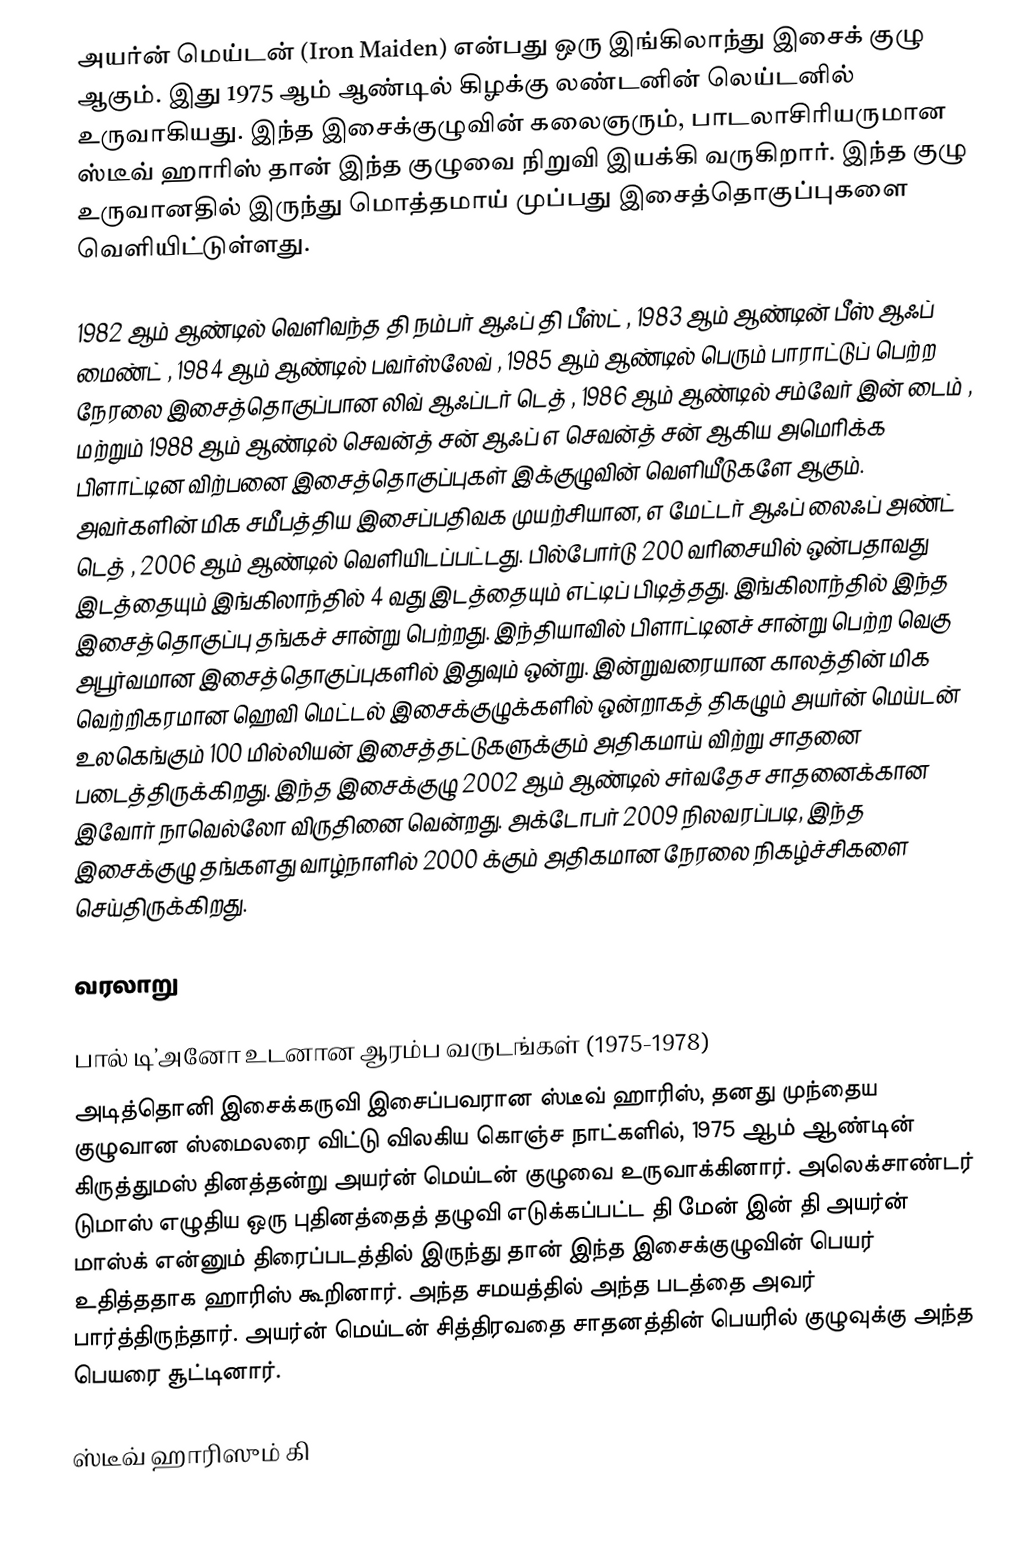
அயர்ன் மெய்டன்  (Iron Maiden) என்பது ஒரு இங்கிலாந்து இசைக் குழு ஆகும். இது 1975 ஆம் ஆண்டில் கிழக்கு லண்டனின் லெய்டனில் உருவாகியது.  இந்த இசைக்குழுவின் கலைஞரும், பாடலாசிரியருமான ஸ்டீவ் ஹாரிஸ் தான் இந்த குழுவை நிறுவி இயக்கி வருகிறார்.  இந்த குழு உருவானதில் இருந்து மொத்தமாய் முப்பது இசைத்தொகுப்புகளை வெளியிட்டுள்ளது.

1982 ஆம் ஆண்டில் வெளிவந்த தி நம்பர் ஆஃப் தி பீஸ்ட் , 1983 ஆம் ஆண்டின் பீஸ் ஆஃப் மைண்ட் , 1984 ஆம் ஆண்டில் பவர்ஸ்லேவ் , 1985 ஆம் ஆண்டில் பெரும் பாராட்டுப் பெற்ற நேரலை இசைத்தொகுப்பான லிவ் ஆஃப்டர் டெத் , 1986 ஆம் ஆண்டில் சம்வேர் இன் டைம் , மற்றும் 1988 ஆம் ஆண்டில் செவன்த் சன் ஆஃப் எ செவன்த் சன்  ஆகிய அமெரிக்க பிளாட்டின விற்பனை இசைத்தொகுப்புகள் இக்குழுவின் வெளியீடுகளே ஆகும்.  அவர்களின் மிக சமீபத்திய இசைப்பதிவக முயற்சியான, எ மேட்டர் ஆஃப் லைஃப் அண்ட் டெத் , 2006 ஆம் ஆண்டில் வெளியிடப்பட்டது. பில்போர்டு  200 வரிசையில் ஒன்பதாவது இடத்தையும் இங்கிலாந்தில் 4 வது இடத்தையும் எட்டிப் பிடித்தது. இங்கிலாந்தில் இந்த இசைத்தொகுப்பு தங்கச் சான்று பெற்றது. இந்தியாவில் பிளாட்டினச் சான்று பெற்ற வெகு அபூர்வமான இசைத்தொகுப்புகளில் இதுவும் ஒன்று. இன்றுவரையான காலத்தின் மிக வெற்றிகரமான ஹெவி மெட்டல் இசைக்குழுக்களில் ஒன்றாகத் திகழும் அயர்ன் மெய்டன் உலகெங்கும் 100 மில்லியன் இசைத்தட்டுகளுக்கும் அதிகமாய் விற்று சாதனை படைத்திருக்கிறது. இந்த இசைக்குழு 2002 ஆம் ஆண்டில் சர்வதேச சாதனைக்கான இவோர் நாவெல்லோ விருதினை வென்றது. அக்டோபர் 2009 நிலவரப்படி, இந்த இசைக்குழு தங்களது வாழ்நாளில் 2000 க்கும் அதிகமான நேரலை நிகழ்ச்சிகளை செய்திருக்கிறது.

வரலாறு

பால் டி’அனோ உடனான ஆரம்ப வருடங்கள் (1975-1978)
அடித்தொனி இசைக்கருவி இசைப்பவரான ஸ்டீவ் ஹாரிஸ், தனது முந்தைய குழுவான ஸ்மைலரை விட்டு விலகிய கொஞ்ச நாட்களில், 1975 ஆம் ஆண்டின் கிருத்துமஸ் தினத்தன்று அயர்ன் மெய்டன் குழுவை உருவாக்கினார்.  அலெக்சாண்டர் டுமாஸ் எழுதிய ஒரு புதினத்தைத் தழுவி  எடுக்கப்பட்ட தி மேன் இன் தி அயர்ன் மாஸ்க்  என்னும் திரைப்படத்தில் இருந்து தான் இந்த இசைக்குழுவின் பெயர் உதித்ததாக ஹாரிஸ் கூறினார். அந்த சமயத்தில் அந்த படத்தை அவர் பார்த்திருந்தார். அயர்ன் மெய்டன் சித்திரவதை சாதனத்தின் பெயரில் குழுவுக்கு அந்த பெயரை சூட்டினார்.

ஸ்டீவ் ஹாரிஸும் கி